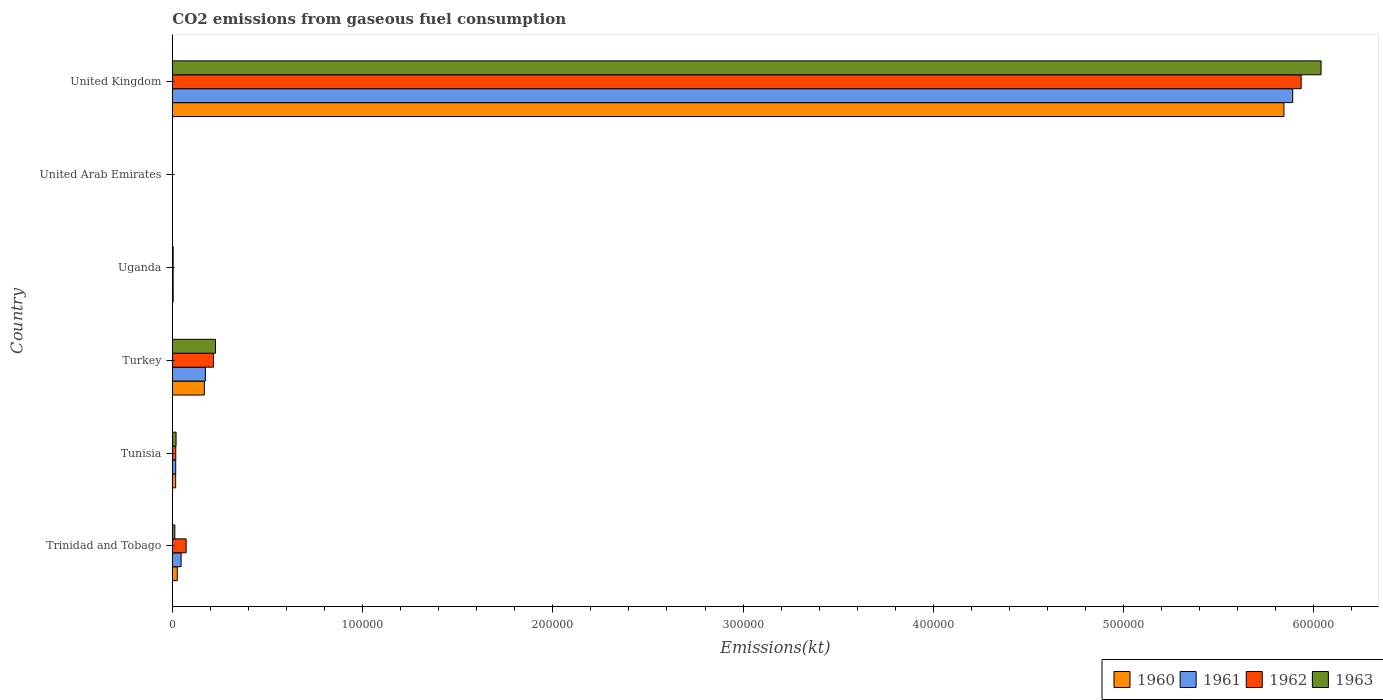
| Country | 1960 | 1961 | 1962 | 1963 |
 | --- | --- | --- | --- | --- |
 | Trinidad and Tobago | 2.58e+03 | 4.6e+03 | 7.24e+03 | 1.31e+03 |
 | Tunisia | 1.73e+03 | 1.77e+03 | 1.8e+03 | 1.95e+03 |
 | Turkey | 1.68e+04 | 1.74e+04 | 2.16e+04 | 2.27e+04 |
 | Uganda | 422 | 407 | 429 | 433 |
 | United Arab Emirates | 11 | 11 | 18.3 | 22 |
 | United Kingdom | 5.84e+05 | 5.89e+05 | 5.93e+05 | 6.04e+05 |